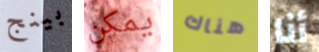
بينج يمكن هناك أنا